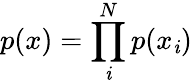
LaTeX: p(x)=\prod_{\mathit{i}}^{N}p(x_{\mathit{i}})